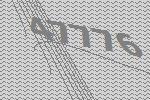
47776